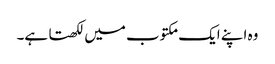
وہ اپنے ایک مکتوب میں لکھتا ہے۔